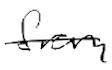
Text: from
Cross-out: single-line
Writing tool: digital_black